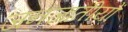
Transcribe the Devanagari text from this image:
जनजातीयों